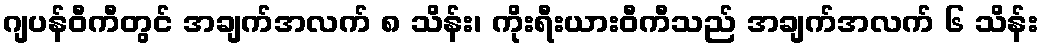
ဂျပန်ဝီကီတွင် အချက်အလက် ၈ သိန်း၊ ကိုးရီးယားဝီကီသည် အချက်အလက် ၆ သိန်း